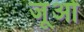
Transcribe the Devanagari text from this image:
जूओं